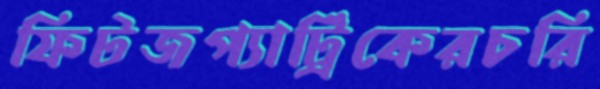
ফিটজপ্যাট্রিকেরচরি